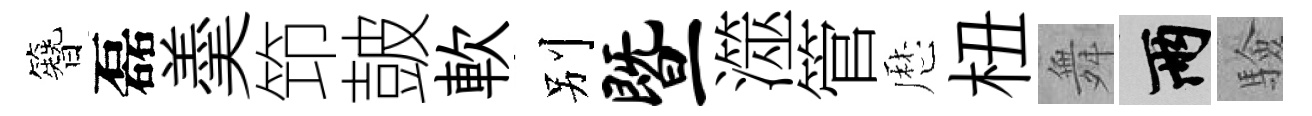
簪磊羮笻皷軟别暨澨管厯杻舞兩驗